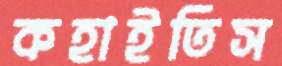
কহাইতিস